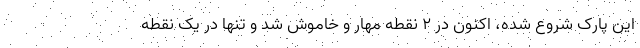
این پارک شروع شده، اکنون در ۲ نقطه مهار و خاموش شد و تنها در یک نقطه